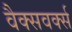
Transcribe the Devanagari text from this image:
वैक्सवर्क्स